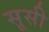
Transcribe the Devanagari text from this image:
सूसी